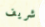
شريف